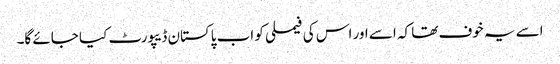
اسے یہ خوف تھا کہ اسے اور اس کی فیملی کو اب پاکستان ڈیپورٹ کیا جائے گا۔